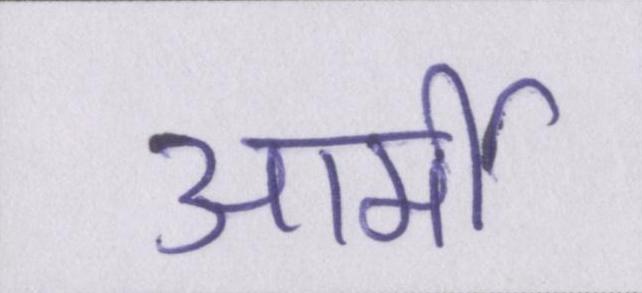
आर्मी